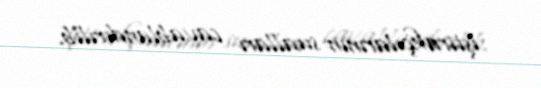
iştirakçılarının sualları cavablandırılıb.